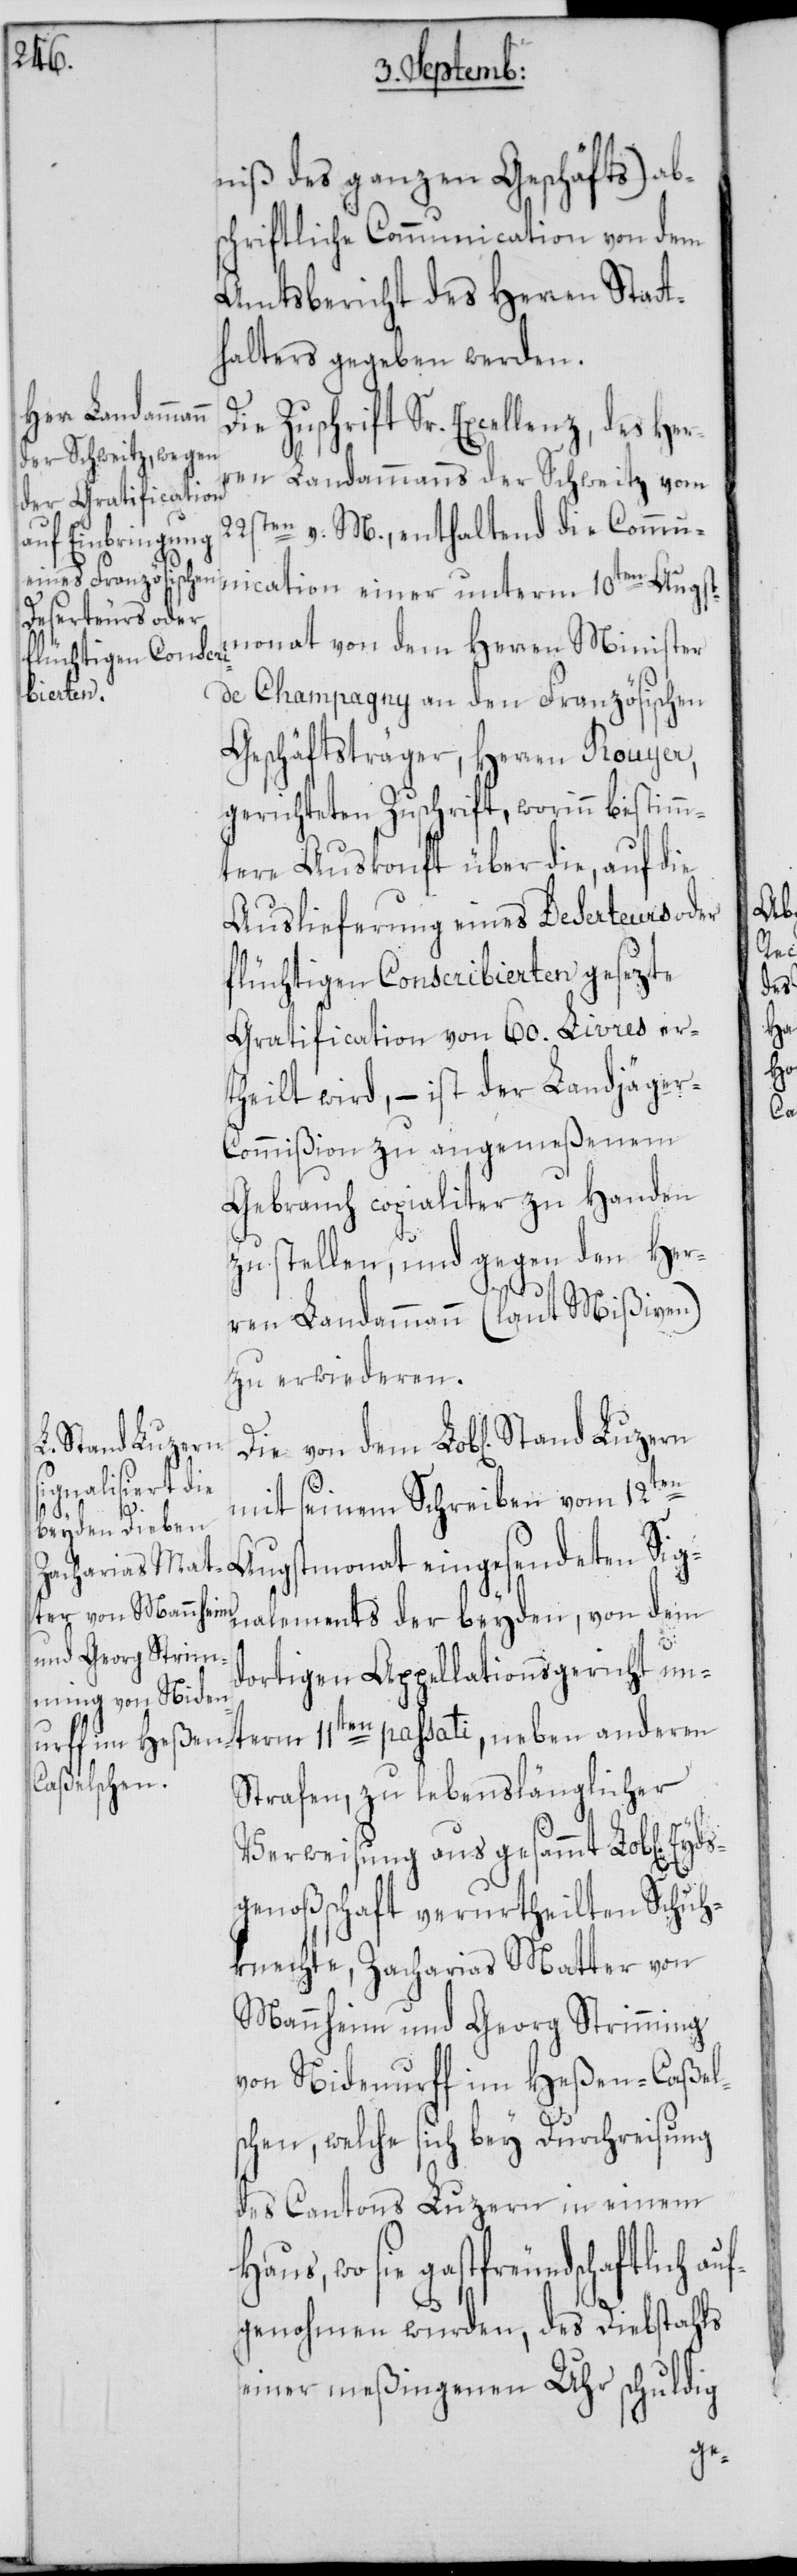
niß des ganzen Geschäfts) ab¬
schriftliche Communication von dem
Amtsbericht des Herren Statt¬
halters gegeben werden.
en anderen
ren Landammanns der Schweitz vom
22sten v.M., enthaltend die Commu¬
monat von dem Herren Minister
Die von
de Champagny an den Französischen
Geschäftsträger, Herren Rouyer,
gerichteten Zuschrift, worinn bestimm¬
tere Auskonft über die, auf die
Auslieferung eines Deserteurs oder
flüchtigen Conscribierten gesezte
Gratification von 60. Livres er¬
theilt wird, – ist der Landjäge¬
r-Commißion zu angemeßenem
Gebrauch copialiter zu Handen
zu stellen, und gegen den Her¬
ren Landammann (laut Mißiven)
zu erwiederen.
Stand Luzern
mit seinem Schreiben vom 12ten
Augstmonat eingesendeten Sig¬
nalements der beyden, von dem
dortigen Appellationsgericht unt¬
Strafen, zu lebenslänglicher
uf¬
Verweisung aus gesammt Lob[licher]
genoßschaft verurtheilten Schuh¬
knechte, Zacharias Matter von
Mannheim und Georg Strimming
von Nidenurff im Heßen-Caßel¬
schen, welche sich bey Durchreisung
des Cantons Luzern in einem
sie gastfreundschaftlich a¬
genohmen wurden, des Diebstahls
einer meßingenen Uhr schuldig